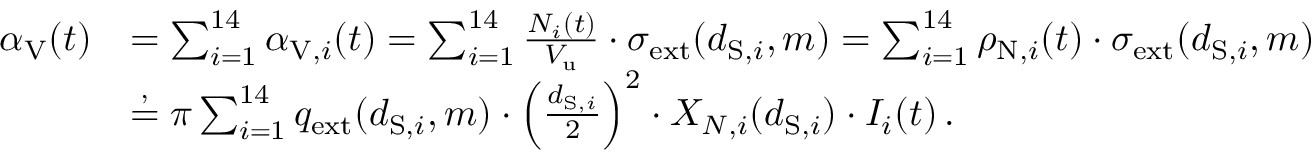
\begin{array} { r l } { \alpha _ { \mathrm { V } } ( t ) } & { = \sum _ { i = 1 } ^ { 1 4 } \alpha _ { \mathrm { V } , i } ( t ) = \sum _ { i = 1 } ^ { 1 4 } \frac { N _ { i } ( t ) } { V _ { \mathrm { u } } } \cdot \sigma _ { \mathrm { e x t } } ( d _ { \mathrm { S } , i } , m ) = \sum _ { i = 1 } ^ { 1 4 } \rho _ { \mathrm { N } , i } ( t ) \cdot \sigma _ { \mathrm { e x t } } ( d _ { \mathrm { S } , i } , m ) } \\ & { \stackrel { , } { = } \pi \sum _ { i = 1 } ^ { 1 4 } q _ { \mathrm { e x t } } ( d _ { \mathrm { S } , i } , m ) \cdot \left( \frac { d _ { \mathrm { S } , i } } { 2 } \right) ^ { 2 } \cdot X _ { N , i } ( d _ { \mathrm { S } , i } ) \cdot I _ { i } ( t ) \, . } \end{array}